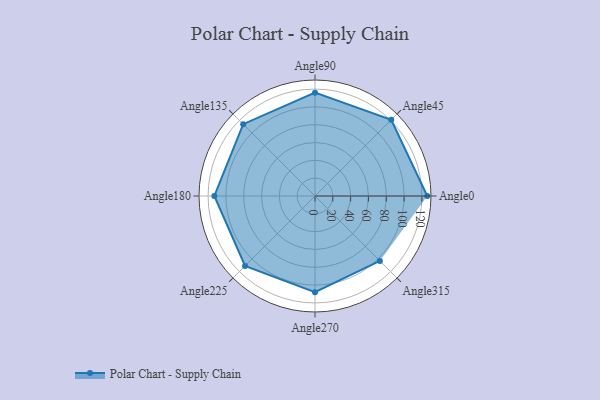
{"axis": {"x": "Angle", "y": "Radius"}, "legend": [""], "data": [{"x": "Angle0", "y": 126.0, "type": ""}, {"x": "Angle45", "y": 121.0, "type": ""}, {"x": "Angle90", "y": 116.0, "type": ""}, {"x": "Angle135", "y": 114.0, "type": ""}, {"x": "Angle180", "y": 113.0, "type": ""}, {"x": "Angle225", "y": 111.0, "type": ""}, {"x": "Angle270", "y": 108.0, "type": ""}, {"x": "Angle315", "y": 103.0, "type": ""}]}